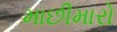
માછીમારો